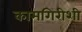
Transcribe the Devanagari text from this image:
कामगिरीशी